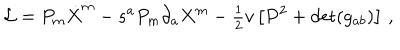
{ \cal L } = P _ { m } \dot { X } ^ { m } - s ^ { a } P _ { m } \partial _ { a } X ^ { m } - { \textstyle { \frac { 1 } { 2 } } } v \left[ P ^ { 2 } + \mathrm { d e t } ( g _ { a b } ) \right] \, ,